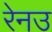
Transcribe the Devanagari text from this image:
रेनउ